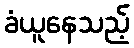
ခံယူနေသည့်